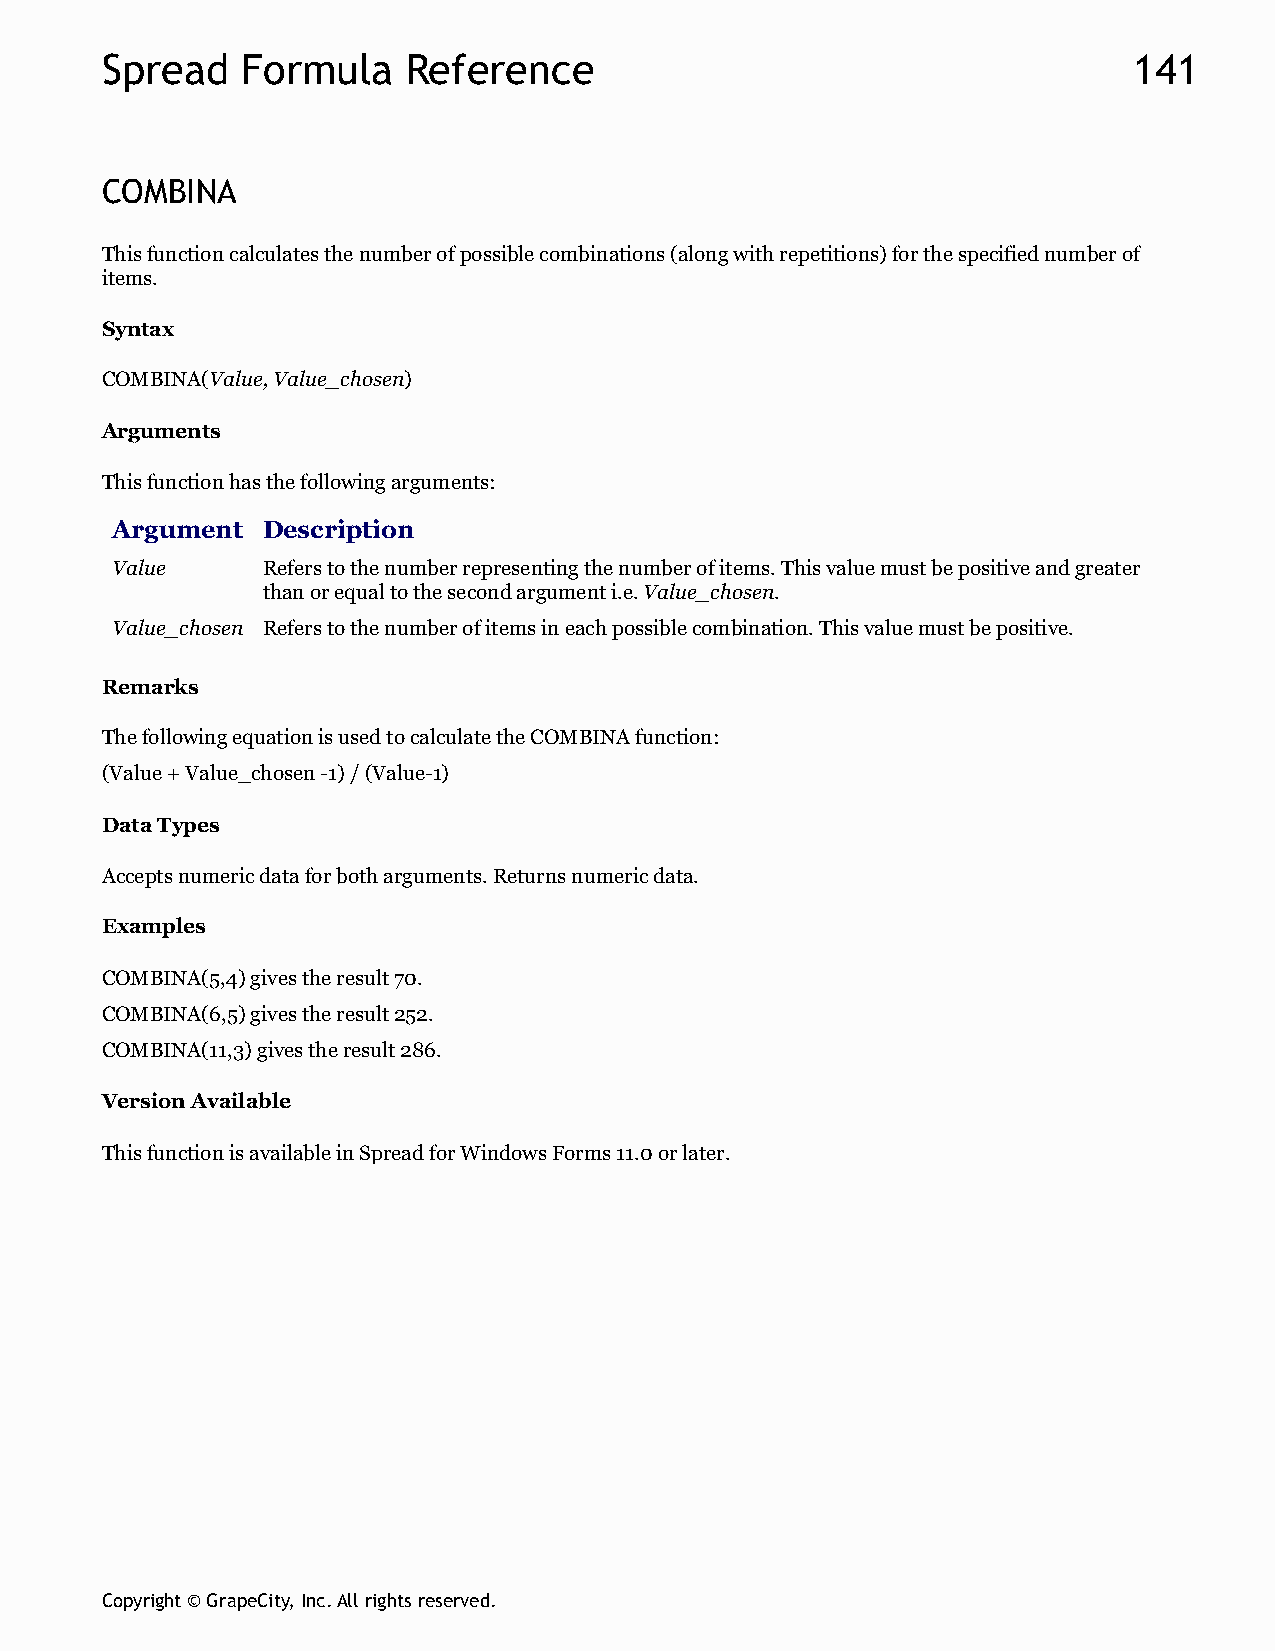
Spread   Formula    Reference                                       141
 COMBINA
 This function calculates the number of possible combinations (along with repetitions) for the specified number of
 items.
 Syntax
 COMBINA(Value, Value_chosen)
 Arguments
 This function has the following arguments:
 Argument  Description
 Value     Refers to the number representing the number of items. This value must be positive and greater
 than or equal to the second argument i.e. Value_chosen.
 Value_chosen Refers to the number of items in each possible combination. This value must be positive.
 Remarks
 The following equation is used to calculate the COMBINA function:
 (Value + Value_chosen -1) / (Value-1)
 Data Types
 Accepts numeric data for both arguments. Returns numeric data.
 Examples
 COMBINA(5,4) gives the result 70.
 COMBINA(6,5) gives the result 252.
 COMBINA(11,3) gives the result 286.
 Version Available
 This function is available in Spread for Windows Forms 11.0 or later.
 Copyright © GrapeCity, Inc. All rights reserved.